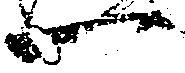
一